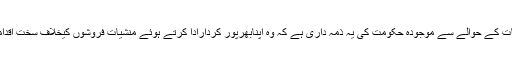
انسدادمنشیات کے حوالے سے موجودہ حکومت کی یہ ذمہ داری ہے کہ وہ اپنابھرپور کردارادا کرتے ہوئے منشیات فروشوں کیخلاف سخت اقدامات کرے۔